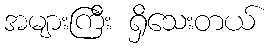
အများကြီး ရှိသေးတယ်